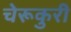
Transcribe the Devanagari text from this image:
चेरूकुरी